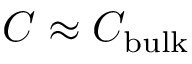
C \approx C _ { \mathrm { b u l k } }